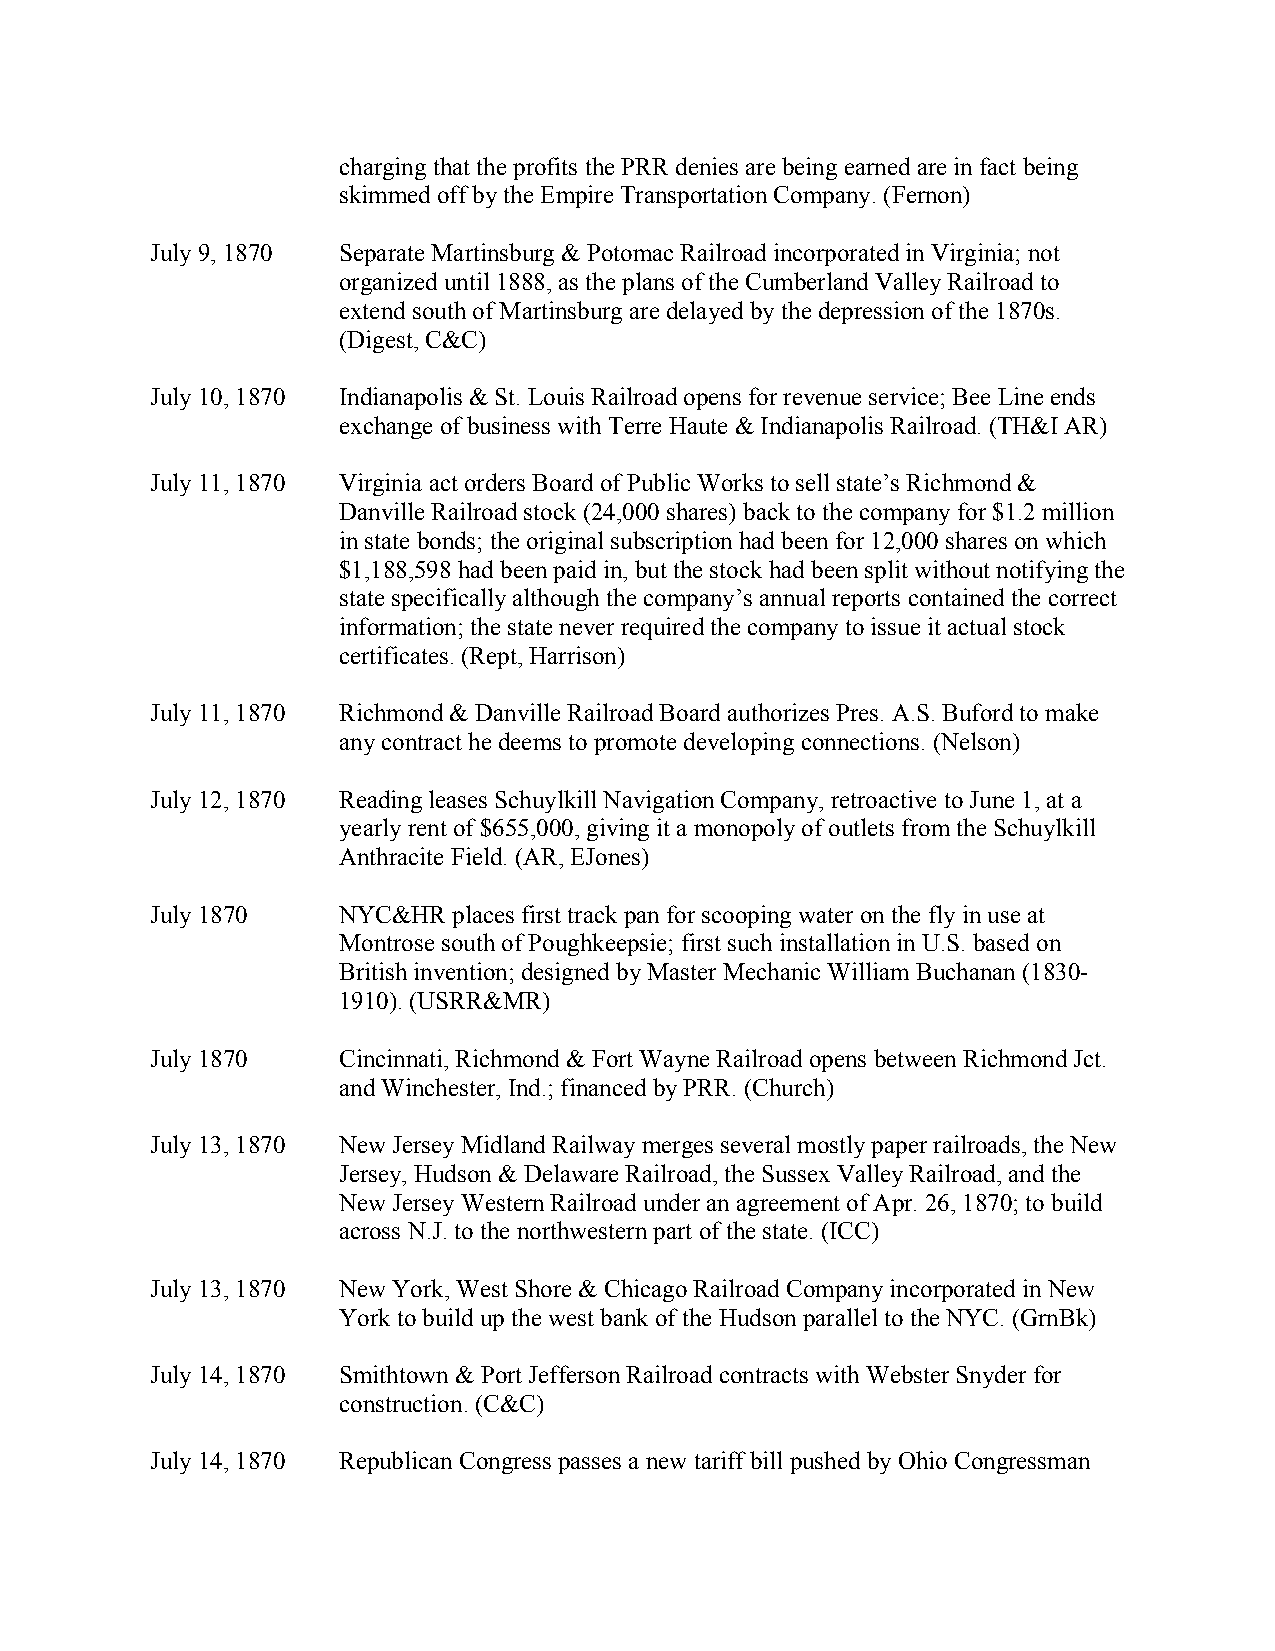
charging that the profits the PRR denies are being earned are in fact being
 skimmed off by the Empire Transportation Company. (Fernon)
 July 9, 1870 Separate Martinsburg & Potomac Railroad incorporated in Virginia; not
 organized until 1888, as the plans of the Cumberland Valley Railroad to
 extend south of Martinsburg are delayed by the depression of the 1870s.
 (Digest, C&C)
 July 10, 1870 Indianapolis & St. Louis Railroad opens for revenue service; Bee Line ends
 exchange of business with Terre Haute & Indianapolis Railroad. (TH&I AR)
 July 11, 1870 Virginia act orders Board of Public Works to sell state’s Richmond &
 Danville Railroad stock (24,000 shares) back to the company for $1.2 million
 in state bonds; the original subscription had been for 12,000 shares on which
 $1,188,598 had been paid in, but the stock had been split without notifying the
 state specifically although the company’s annual reports contained the correct
 information; the state never required the company to issue it actual stock
 certificates. (Rept, Harrison)
 July 11, 1870 Richmond & Danville Railroad Board authorizes Pres. A.S. Buford to make
 any contract he deems to promote developing connections. (Nelson)
 July 12, 1870 Reading leases Schuylkill Navigation Company, retroactive to June 1, at a
 yearly rent of $655,000, giving it a monopoly of outlets from the Schuylkill
 Anthracite Field. (AR, EJones)
 July 1870   NYC&HR  places first track pan for scooping water on the fly in use at
 Montrose south of Poughkeepsie; first such installation in U.S. based on
 British invention; designed by Master Mechanic William Buchanan (1830-
 1910). (USRR&MR)
 July 1870   Cincinnati, Richmond & Fort Wayne Railroad opens between Richmond Jct.
 and Winchester, Ind.; financed by PRR. (Church)
 July 13, 1870 New Jersey Midland Railway merges several mostly paper railroads, the New
 Jersey, Hudson & Delaware Railroad, the Sussex Valley Railroad, and the
 New Jersey Western Railroad under an agreement of Apr. 26, 1870; to build
 across N.J. to the northwestern part of the state. (ICC)
 July 13, 1870 New York, West Shore & Chicago Railroad Company incorporated in New
 York to build up the west bank of the Hudson parallel to the NYC. (GrnBk)
 July 14, 1870 Smithtown & Port Jefferson Railroad contracts with Webster Snyder for
 construction. (C&C)
 July 14, 1870 Republican Congress passes a new tariff bill pushed by Ohio Congressman